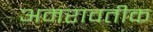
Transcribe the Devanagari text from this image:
अमरावतीक